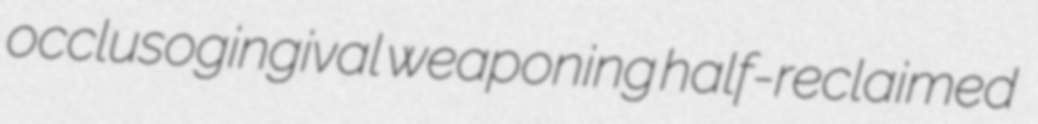
occlusogingival weaponing half-reclaimed